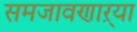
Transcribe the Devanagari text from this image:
समजावणाऱ्या